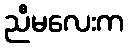
ညီမလေးက